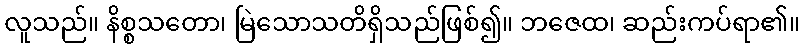
လူသည်။ နိစ္စသတော၊ မြဲသောသတိရှိသည်ဖြစ်၍။ ဘဇေထ၊ ဆည်းကပ်ရာ၏။